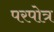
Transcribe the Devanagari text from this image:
परपोत्र